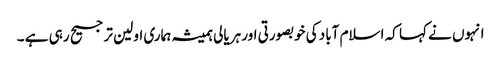
انہوں نے کہا کہ اسلام آباد کی خوبصورتی اور ہریالی ہمیشہ ہماری اولین ترجیح رہی ہے ۔